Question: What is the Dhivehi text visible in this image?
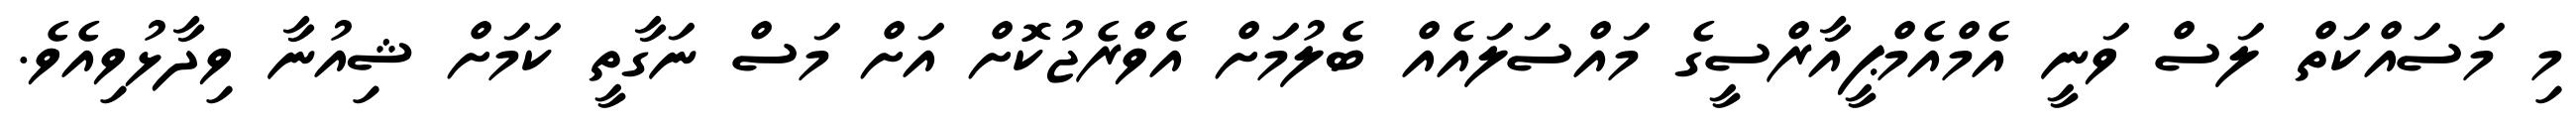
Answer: މި މަސައްކަތް ލަސް ވަނީ އެމްއެމްޕީއާރްސީގެ މައްސަލައެއް ބެލުމަށް އެވްރެޖުކޮށް އަށް މަސް ނަގާތީ ކަމަށް ޝިއުނާ ވިދާޅުވިއެވެ.